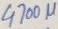
Text: 4700µ